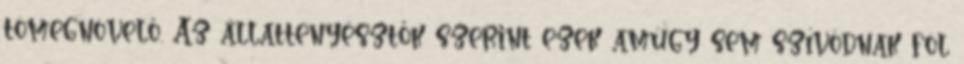
tömegnövelő. Az állattenyésztők szerint ezek amúgy sem szívódnak föl